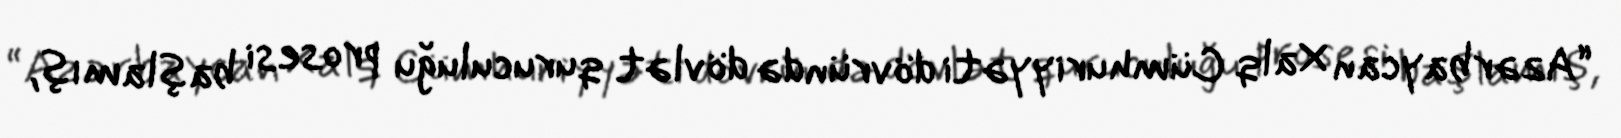
“Azərbaycan Xalq Cümhuriyyəti dövründə dövlət quruculuğu prosesi başlamış,